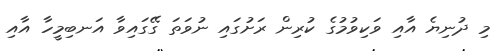
މި ދުނިޔެ އާއި ވަކިވުމުގެ ކުރިން ރަށުގައި ނުވަތަ ގޭގައިވާ އަނބިމީހާ އާއި